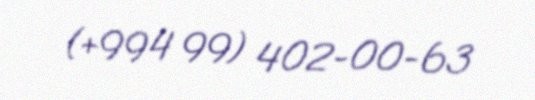
(+994 99) 402-00-63